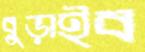
বুড়াইব